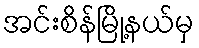
အင်းစိန်မြို့နယ်မှ